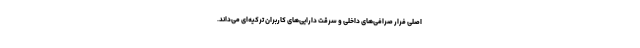
اصلی فرار صرافی‌های داخلی و سرقت دارایی‌های کاربران ترکیه‌ای می‌داند.